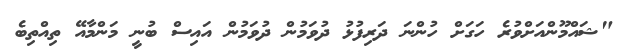
"ޝައްމޫންއަށްވުރެ ހަގަށް ހުންނަ ދަރިފުޅު ދުވަމުން ދުވަމުން އައިސް ބުނީ މަންމާއޭ ތިއްތިބެ